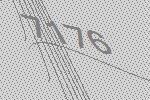
7176